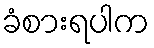
ခံစားရပါက